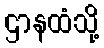
ဌာနထံသို့